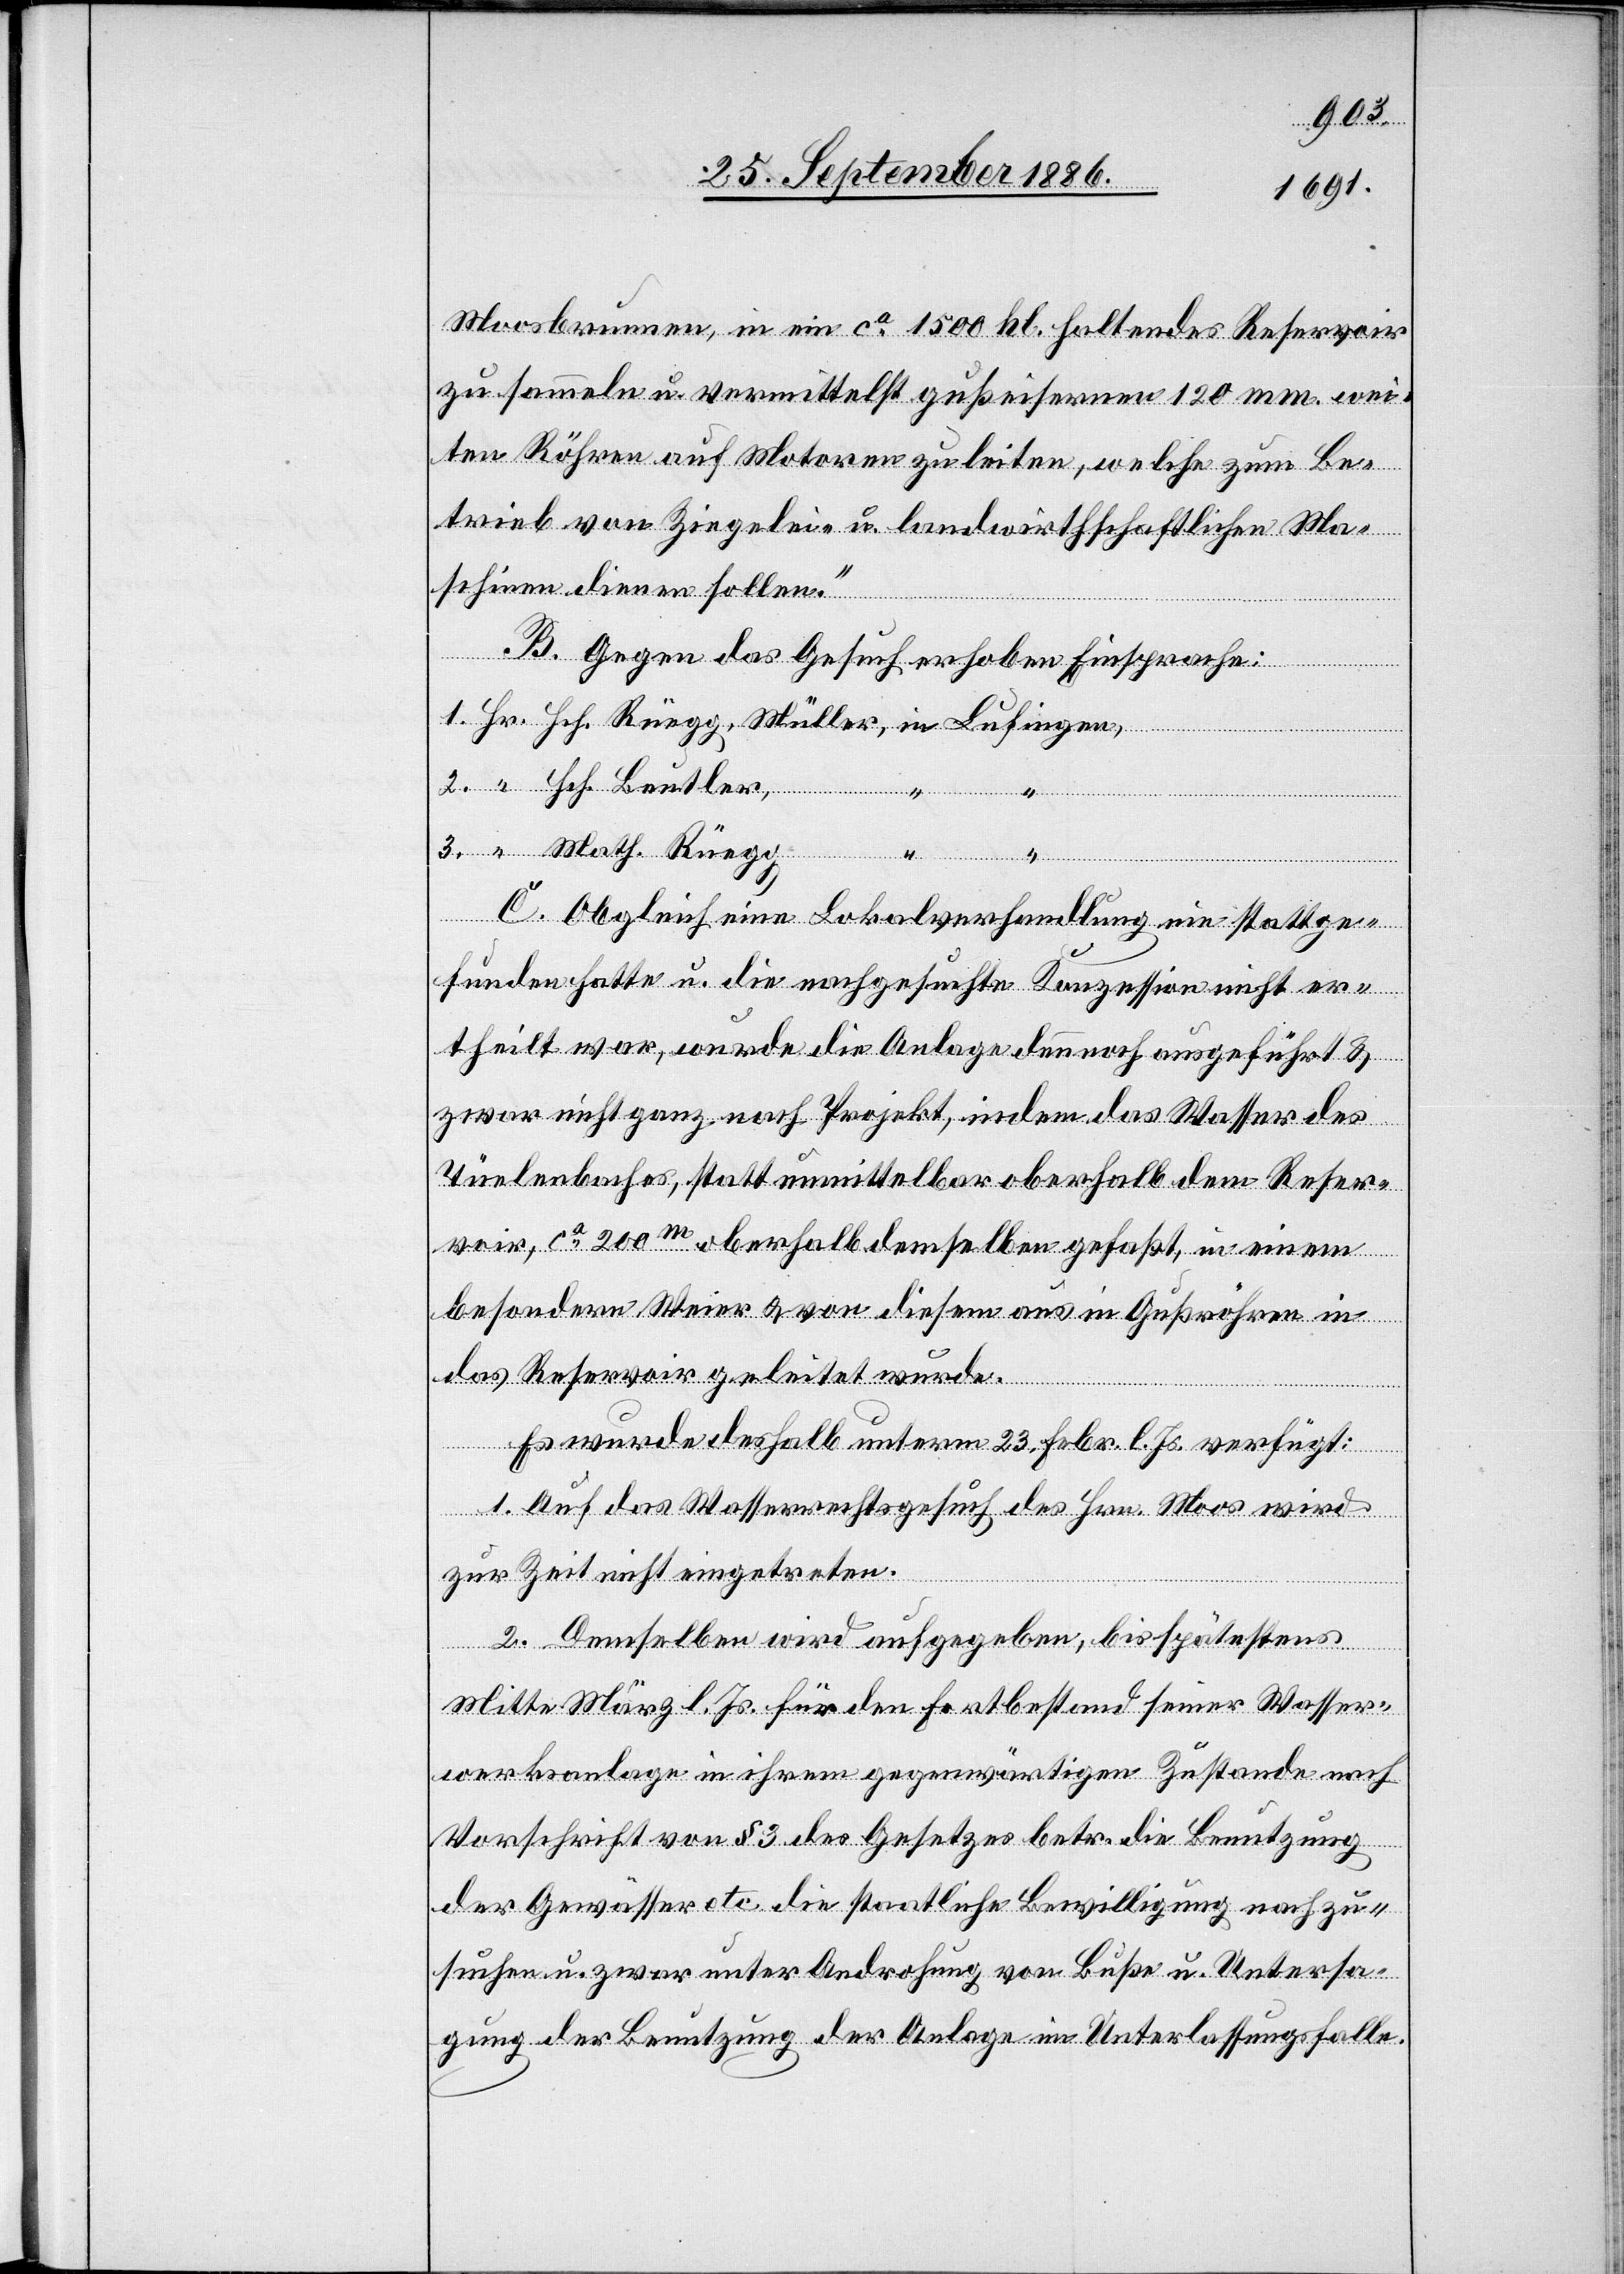
Moosbrunnen, in ein ca 1500 hl. haltendes Reservoir
zu sammeln u. vermittelst gußeisernen 120 mm. wei¬
ten Röhren auf Motoren zu leiten, welche zum Be¬
trieb von Ziegelei- u. landwirthschaftlichen Ma¬
schinen dienen sollen.“
B. Gegen das Gesuch erhoben Einsprache:
3.
C. Obgleich eine Lokalverhandlung nie stattge¬
funden hatte u. die nachgesuchte Konzession nicht er¬
theilt war, wurde die Anlage dennoch ausgeführt &
zwar nicht ganz nach Projekt, indem das Wasser des
Tüelenbaches [sic!], statt unmittelbar oberhalb dem Reser¬
voir, ca 200m oberhalb demselben gefaßt, in einem
besondern Weier & von diesem aus in Gußröhren in
das Reservoir geleitet wurde.
Es wurde deshalb unterm 23. Febr. l. Js. verfügt:
in
1. Auf das Wasserrechtsgesuch des Hrn. Moos wird
zur Zeit nicht eingetreten.
2. Demselben wird aufgegeben, bis spätestens
Hr.
Mitte März l. Js. für den Fortbestand seiner Wasser¬
werksanlage in ihrem gegenwärtigen Zustande nach
Vorschrift von § 3 des Gesetzes betr. die Benutzung
der Gewässer etc. die staatliche Bewilligung nachzu¬
suchen u. zwar unter Androhung von Buße u. Untersa¬
gung der Benutzung der Anlage im Unterlassungsfalle.